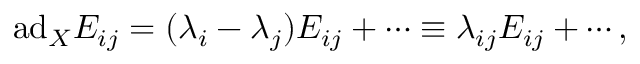
\mathrm { a d } _ { X } E _ { i j } = ( \lambda _ { i } - \lambda _ { j } ) E _ { i j } + \cdots \equiv \lambda _ { i j } E _ { i j } + \cdots ,